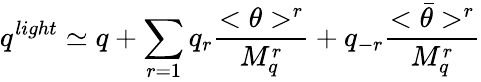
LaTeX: q^{light}\simeq q+\sum_{r=1}q_{r}\frac{<\theta>^{r}}{M_{q}^{r}}+q_{-r}\frac{<\bar{\theta}>^{r}}{M_{q}^{r}}